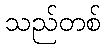
သည်တစ်